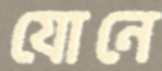
যোনে